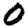
Digit: 0